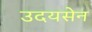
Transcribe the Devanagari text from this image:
उदयसेन